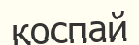
қоспай